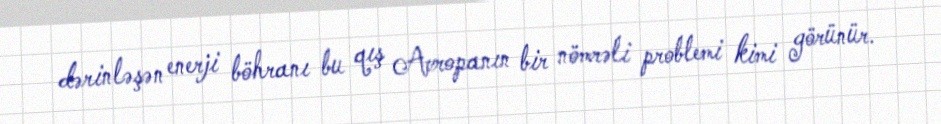
dərinləşən enerji böhranı bu qış Avropanın bir nömrəli problemi kimi görünür.